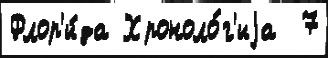
Флор'и́да Хроноло́г'иjа  7